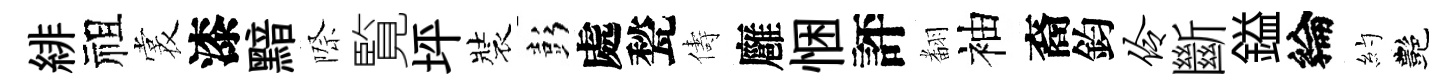
緋祖裳漆黯際覧坪裝彭處甃儔廱悃評𮋒袖裔鈞伶斷鎰綸約艷